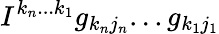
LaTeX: I^{k_{n}...k_{1}}g_{k_{n}j_{n}}...g_{k_{1}j_{1}}